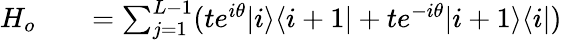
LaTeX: \begin{array}{rlr}{H_{o}}&{{}}&{=\sum_{j=1}^{L-1}(te^{i\theta}|i\rangle\langle i+1|+te^{-i\theta}|i+1\rangle\langle i|)}\end{array}